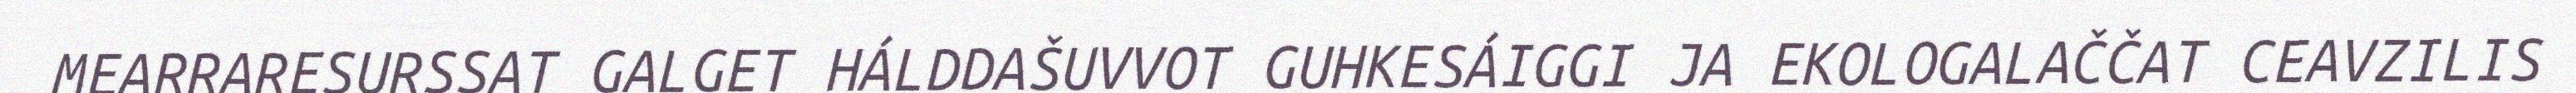
MEARRARESURSSAT GALGET HÁLDDAŠUVVOT GUHKESÁIGGI JA EKOLOGALAČČAT CEAVZILIS